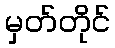
မှတ်တိုင်